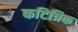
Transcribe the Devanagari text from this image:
कटित्रिक